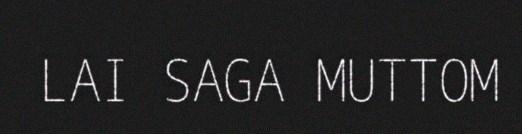
LAI SAGA MUTTOM